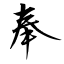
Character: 奉